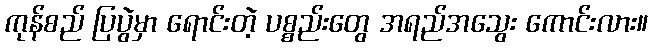
ကုန်စည် ပြပွဲမှာ ရောင်းတဲ့ ပစ္စည်းတွေ အရည်အသွေး ကောင်းလား။